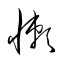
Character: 懶